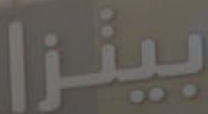
بيتزا